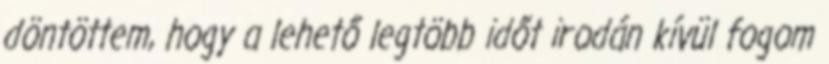
döntöttem, hogy a lehető legtöbb időt irodán kívül fogom